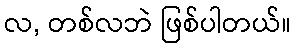
လ, တစ်လဘဲ ဖြစ်ပါတယ်။